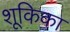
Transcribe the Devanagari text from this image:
शूकिका